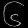
Digit: ၆